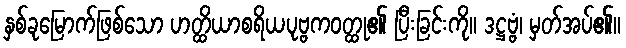
နှစ်ခုမြောက်ဖြစ်သော ဟတ္ထိယာစရိယပုဗ္ဗကဝတ္ထု၏ ပြီးခြင်းကို။ ဒဋ္ဌဗ္ဗံ၊ မှတ်အပ်၏။